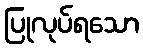
ပြုလုပ်ရသော